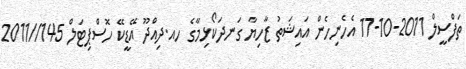
ތަފްސީލް 2011-10-17 އެހެނިހެން އައިޝަތު ޒާހިޔާ ގަނދަކޯޅިމާގެ ހއ.ދިއްދޫ އޭޑީކޭ ހޮސްޕިޓަލް 145//2011